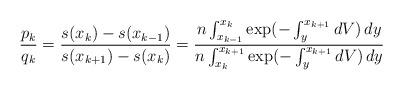
LaTeX: \begin{align*} \frac{p_k}{q_k}= \frac{s(x_k)-s(x_{k-1})}{s(x_{k+1})-s(x_k)} =\frac{n\int_{x_{k-1}}^{x_{k}} \exp(-\int_{y}^{x_{k+1}}dV)\, dy}{n\int_{x_{k}}^{x_{k+1}} \exp(-\int_{y}^{x_{k+1}}dV)\, dy}\end{align*}